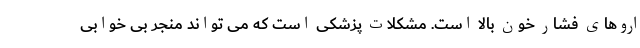
اروهای فشار خون بالا است. مشکلات پزشکی است که می تواند منجر بی خوابی